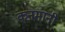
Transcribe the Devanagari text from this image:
कनमानी